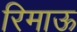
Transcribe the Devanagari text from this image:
रिमाऊ